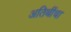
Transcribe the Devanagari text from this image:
अतिथींचा